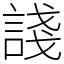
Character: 諓